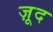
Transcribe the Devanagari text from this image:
ज़ूद